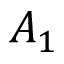
A _ { 1 }